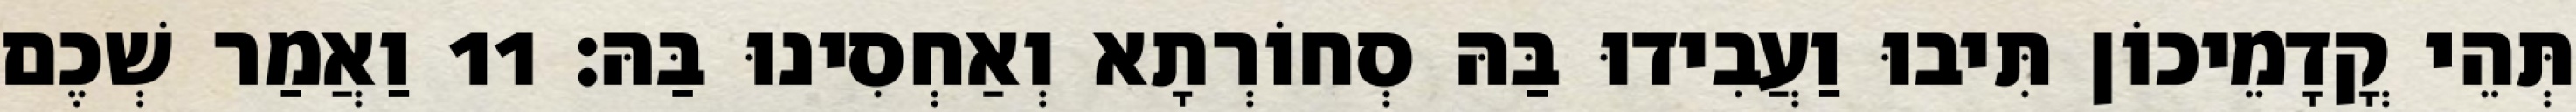
תְּהֵי קֳדָמֵיכוֹן תִּיבוּ וַעֲבִידוּ בַּהּ סְחוֹרְתָא וְאַחְסִינוּ בַּהּ׃ 11 וַאֲמַר שְׁכֶם